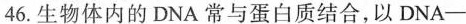
46.生物体内的DNA常与蛋白质结合，以DNA-